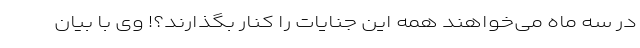
در سه ماه می‌خواهند همه‌ این جنایات را کنار بگذارند‌؟! وی با بیان